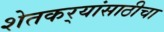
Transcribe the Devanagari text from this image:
शेतकर्‍यांसाठीचा